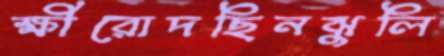
ক্ষীরোদছিনঝুলি